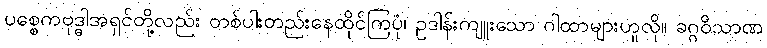
ပစ္စေကဗုဒ္ဓါအရှင်တို့လည်း တစ်ပါးတည်းနေထိုင်ကြပုံ၊ ဥဒါန်းကျူးသော ဂါထာများဟူလို။ ခဂ္ဂဝိသာဏ